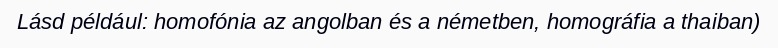
Lásd például: homofónia az angolban és a németben, homográfia a thaiban)